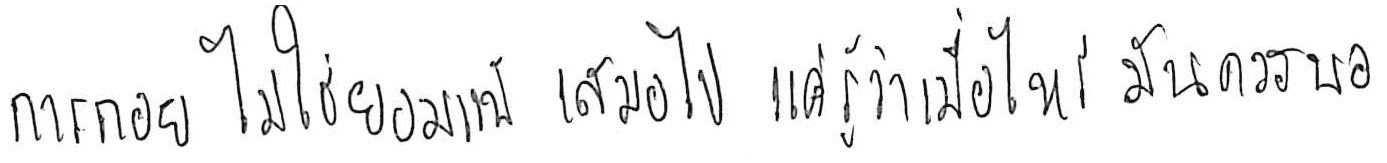
การถอย ไม่ใช่ยอมแพ้ เสมอไป แค่รู้ว่าเมื่อไหร่ มันควรพอ